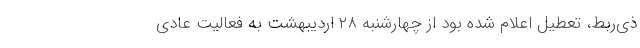
ذی‌ربط، تعطیل اعلام شده بود از چهارشنبه ۲۸ اردیبهشت به فعالیت عادی